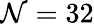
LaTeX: \mathcal{N}=32